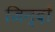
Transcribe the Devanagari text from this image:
जिन्दों